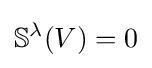
\mathbb {S} ^{\lambda }(V)=0